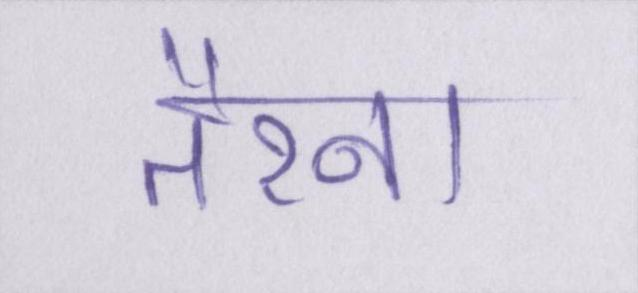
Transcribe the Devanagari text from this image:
तैरना